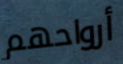
أرواحهم